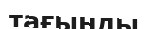
тағынды